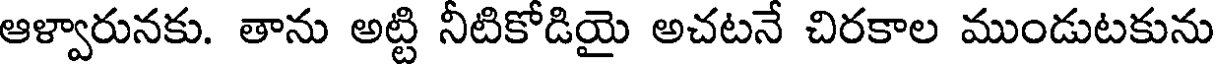
ఆళ్వారునకు. తాను అట్టి నీటికోడియై అచటనే చిరకాల ముండుటకును